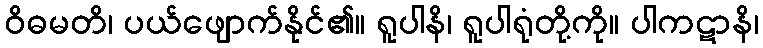
ဝိဓမတိ၊ ပယ်ဖျောက်နိုင်၏။ ရူပါနိ၊ ရူပါရုံတို့ကို။ ပါကဋာနိ၊